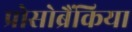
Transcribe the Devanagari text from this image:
प्रोसोब्रैंकिया